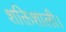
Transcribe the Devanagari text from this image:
शक्तिशाली।